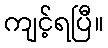
ကျင့်ရပြီ။